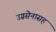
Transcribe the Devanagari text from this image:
उग्रसेनासह